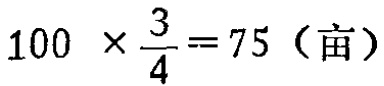
\(100\times\frac{3}{4}=75（\text{亩}）\)